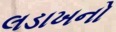
લડાખનો